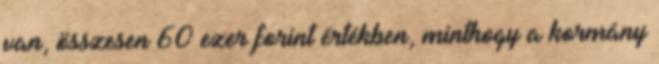
van, összesen 60 ezer forint értékben, minthogy a kormány